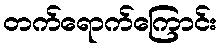
တက်ရောက်ကြောင်း